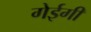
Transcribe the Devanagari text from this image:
गेईगी